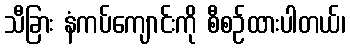
သီခြား နံကပ်ကျောင်းကို စီစဉ်ထားပါတယ်၊